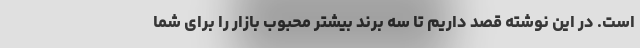
است. در این نوشته قصد داریم تا سه برند بیشتر محبوب بازار را برای شما